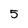
Character: 5